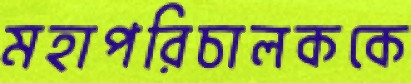
মহাপরিচালককে